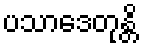
ပသာဒေတုန္တိ